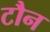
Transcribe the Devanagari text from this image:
टौन